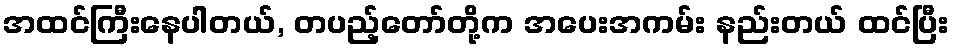
အထင်ကြီးနေပါတယ်, တပည့်တော်တို့က အပေးအကမ်း နည်းတယ် ထင်ပြီး